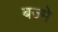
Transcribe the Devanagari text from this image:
बज्मे